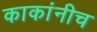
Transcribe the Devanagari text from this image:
काकांनीच